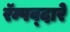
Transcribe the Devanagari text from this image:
रॅम्पव्दारे